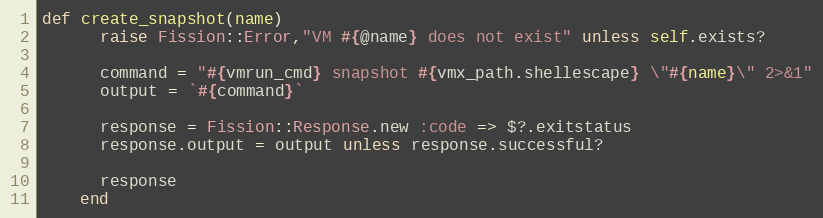
Language: Ruby
def create_snapshot(name)
      raise Fission::Error,"VM #{@name} does not exist" unless self.exists?

      command = "#{vmrun_cmd} snapshot #{vmx_path.shellescape} \"#{name}\" 2>&1"
      output = `#{command}`

      response = Fission::Response.new :code => $?.exitstatus
      response.output = output unless response.successful?

      response
    end